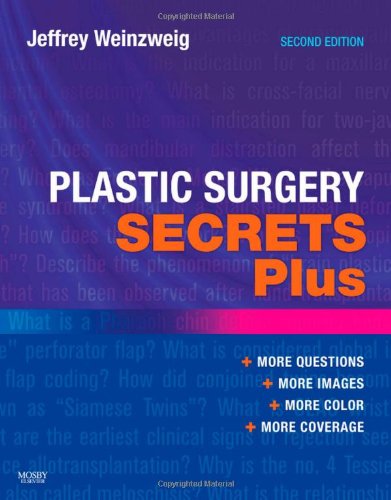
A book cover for Plastic Surgery Secrets Plus, 2e; Jeffrey Weinzweig MD  FACS; Medical Books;